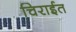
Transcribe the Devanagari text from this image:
चिराईत